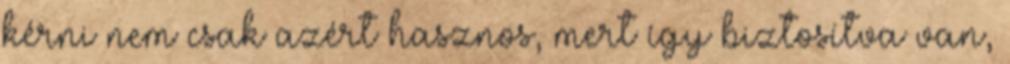
kérni nem csak azért hasznos, mert így biztosítva van,